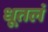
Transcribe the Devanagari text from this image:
धूतलं